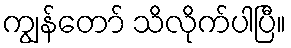
ကျွန်တော် သိလိုက်ပါပြီ။